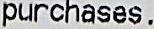
PURCHASES.